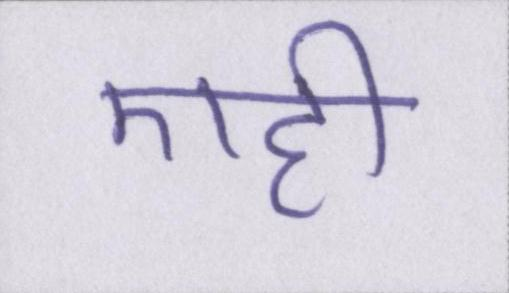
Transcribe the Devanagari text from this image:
एही